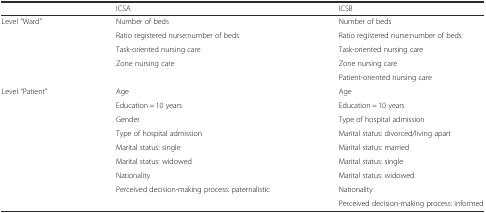
<table><thead><tr><td></td><td><b>ICSA</b></td><td><b>ICSB</b></td></tr></thead><tbody><tr><td>Level “Ward”</td><td>Number of beds</td><td>Number of beds</td></tr><tr><td></td><td>Ratio registered nurse:number of beds</td><td>Ratio registered nurse:number of beds</td></tr><tr><td></td><td>Task-oriented nursing care</td><td>Task-oriented nursing care</td></tr><tr><td></td><td>Zone nursing care</td><td>Zone nursing care</td></tr><tr><td></td><td></td><td>Patient-oriented nursing care</td></tr><tr><td>Level “Patient”</td><td>Age</td><td>Age</td></tr><tr><td></td><td>Education = 10 years</td><td>Education = 10 years</td></tr><tr><td></td><td>Gender</td><td>Type of hospital admission</td></tr><tr><td></td><td>Type of hospital admission</td><td>Marital status: divorced/living apart</td></tr><tr><td></td><td>Marital status: single</td><td>Marital status: married</td></tr><tr><td></td><td>Marital status: widowed</td><td>Marital status: single</td></tr><tr><td></td><td>Nationality</td><td>Marital status: widowed</td></tr><tr><td></td><td>Perceived decision-making process: paternalistic</td><td>Nationality</td></tr><tr><td></td><td></td><td>Perceived decision-making process: informed</td></tr></tbody></table>